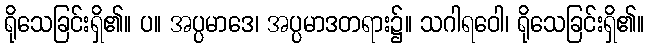
ရိုသေခြင်းရှိ၏။ ပ။ အပ္ပမာဒေ၊ အပ္ပမာဒတရား၌။ သဂါရဝေါ၊ ရိုသေခြင်းရှိ၏။